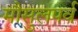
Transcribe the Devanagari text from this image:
मौसुलपर्व